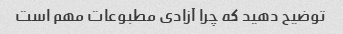
توضیح دهید که چرا آزادی مطبوعات مهم است